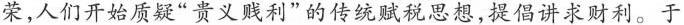
荣,人们开始质疑“贵义贱利”的传统赋税思想,提倡讲求财利。于